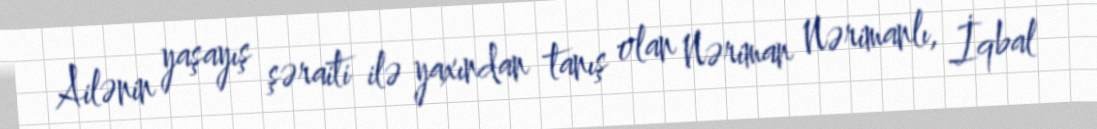
Ailənin yaşayış şəraiti ilə yaxından tanış olan Nəriman Nərimanlı, İqbal